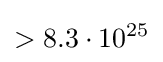
>8.3\cdot 10^{25}